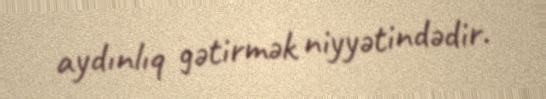
aydınlıq gətirmək niyyətindədir.